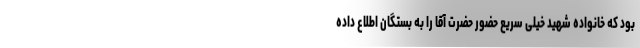
بود که خانواده شهید خیلی سریع حضور حضرت آقا را به بستگان اطلاع داده